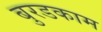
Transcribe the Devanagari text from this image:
बुरडकाम